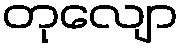
တုလျော